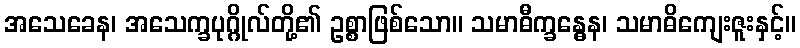
အသေခေန၊ အသေက္ခပုဂ္ဂိုလ်တို့၏ ဥစ္စာဖြစ်သော။ သမာဓီက္ခန္ဓေန၊ သမာဓိကျေးဇူးနှင့်။